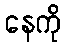
နေကို